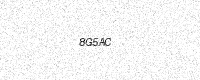
Text: 8G5AC